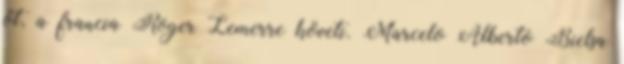
őt, a francia Roger Lemerre követi. Marcelo Alberto Bielsa